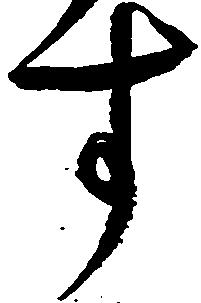
す